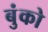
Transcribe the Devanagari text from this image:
बुंको